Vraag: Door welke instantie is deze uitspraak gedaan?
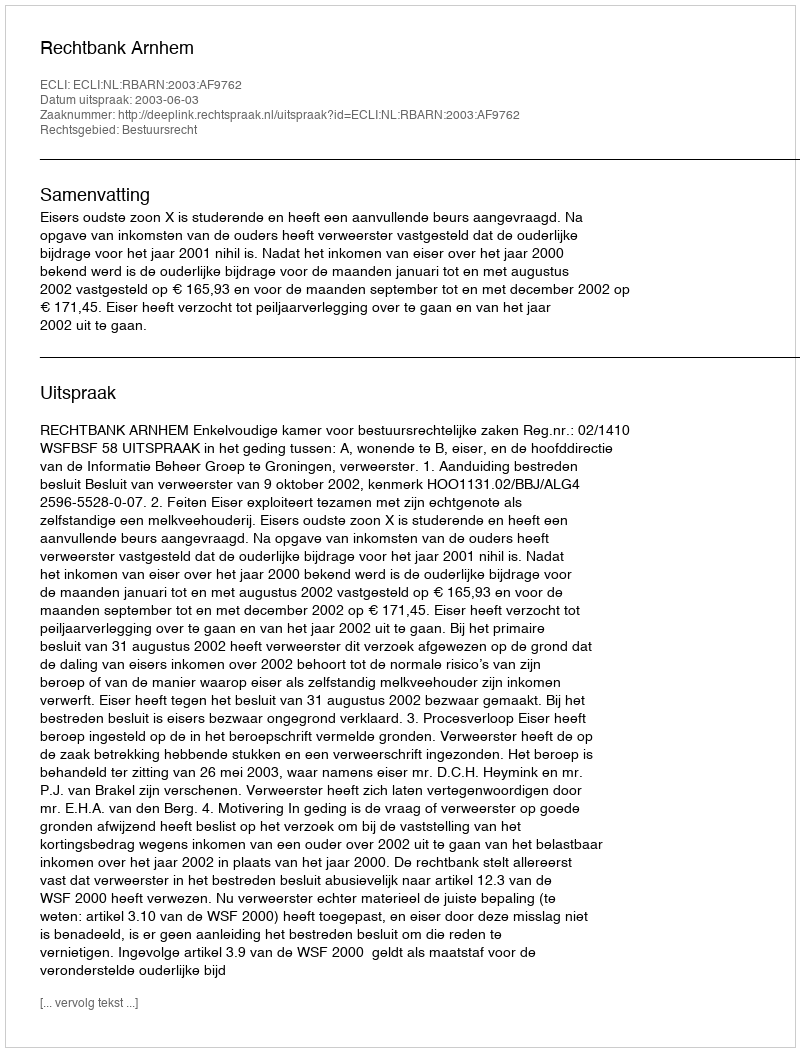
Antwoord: Rechtbank Arnhem